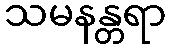
သမနန္တရာ